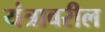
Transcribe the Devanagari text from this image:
यंत्रावरील